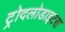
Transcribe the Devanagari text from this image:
ट्रोदलोडाइटस